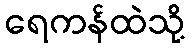
ရေကန်ထဲသို့